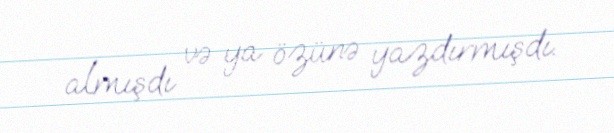
almışdı və ya özünə yazdırmışdı.